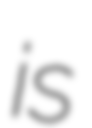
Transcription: is